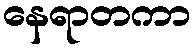
နေရာတကာ